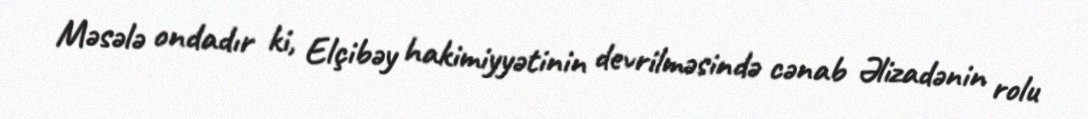
Məsələ ondadır ki, Elçibəy hakimiyyətinin devrilməsində cənab Əlizadənin rolu